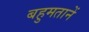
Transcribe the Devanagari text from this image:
बहुमतानें